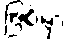
ဖြစ်မှာ